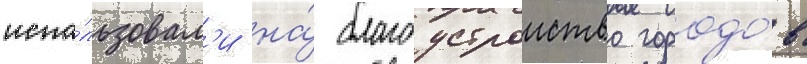
испо́льзовал'и на́ благоустроиство городо́в